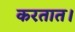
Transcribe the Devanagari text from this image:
करतात।